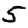
Digit: 5